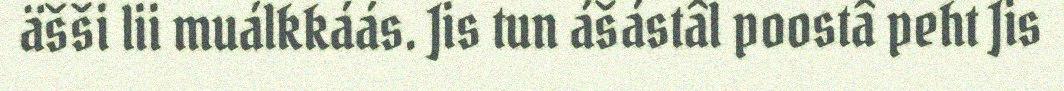
äšši lii muálkkáás. Jis tun ášástâl poostâ peht Jis